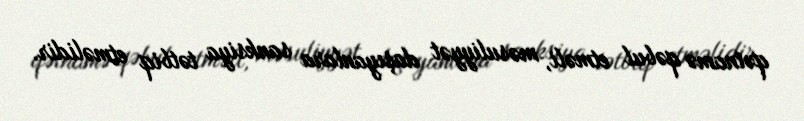
qətnamə qəbul etməli, məsuliyyət daşıyanlara sanksiya tətbiq etməlidir.